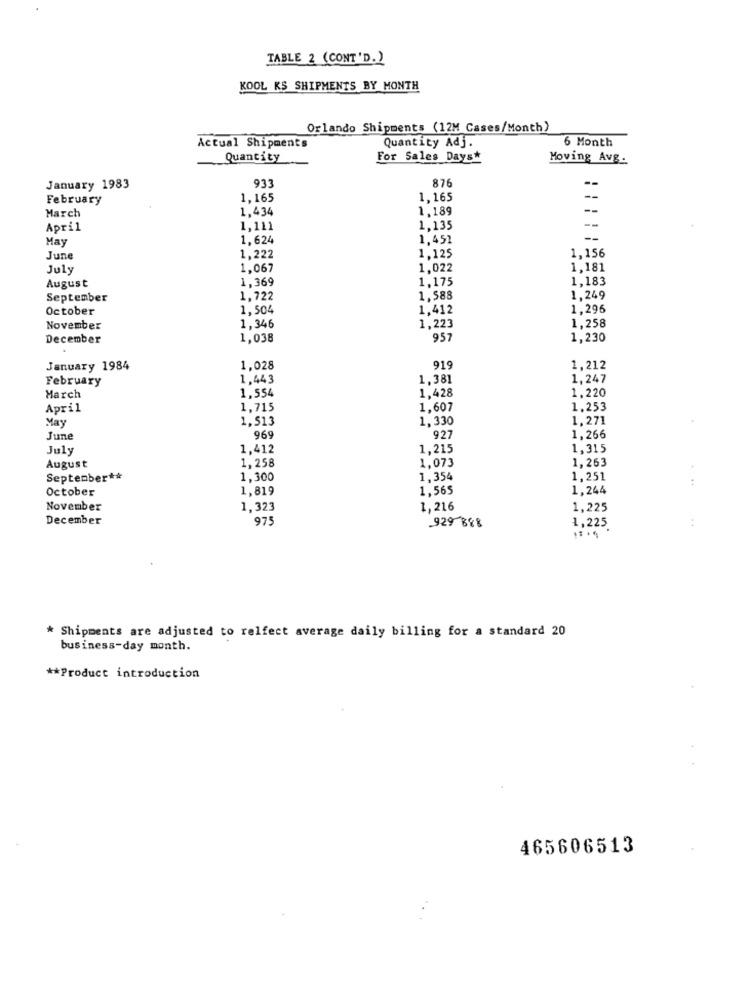
TABLE 2 (CONT'D.)
KOOL KS SHIPMENTS BY MONTH
Orlando Shipments (12M Cases/Month)
Quantity Adj.
6 Month
Actual Shipments
Quantity
For Sales Days*
Moving Avg.
--
January 1983
933
876
February
1,165
1,165
1,434
1.189
--
March
April
1,111
1.135
May
1,624
1,451
--
1,156
June
1,222
1.125
July
1,067
1,022
1,181
1,369
1,175
1,183
August
September
1.722
1,588
1.249
October
1,504
1.412
1,296
1,258
November
1,346
1,223
December
1,038
957
1,230
January 1984
1,028
919
1,212
February
1,443
1,381
1,247
1,554
1,220
March
1,428
April
1,715
1,607
1.253
May
1,513
1,330
1.271
June
969
92
1.266
July
1.412
1.215
1,315
1,258
1,073
1,263
August
September **
1,300
1,354
1.251
October
1,819
1.565
1,244
November
1,323
1,216
1,225
December
975
929-888
..
1,225
* Shipments are adjusted to relfect average daily billing for a standard 20
business-day month.
** Product introduction
465606513